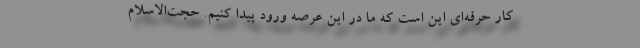
کار حرفه‌ای این است که ما در این عرصه ورود پیدا کنیم. حجت‌الاسلام